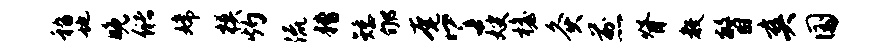
嵇地晚储嫦模灼流糟矮郇奄了嫂檐灸煎脊教瞥爽国